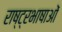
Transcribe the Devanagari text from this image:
राष्ट्रभाषाओं